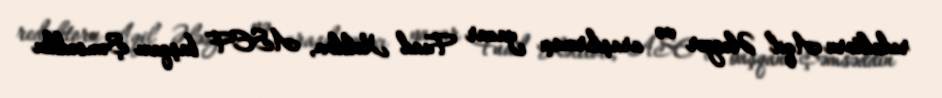
redaktoru Aqil Ələsgər və araşdırmaçı yazar Fuad Xəlilov, ASEF başqanı Şəmsəddin